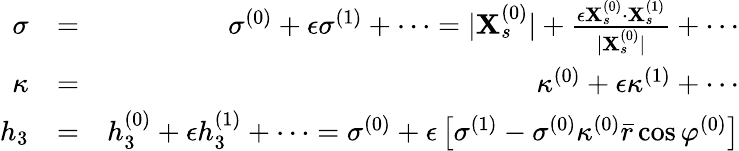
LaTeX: \begin{array}{rlr}{\sigma}&{=}&{\sigma^{(0)}+\epsilon\sigma^{(1)}+\cdots=|\mathbf{X}_{s}^{(0)}|+\frac{\epsilon\mathbf{X}_{s}^{(0)}\cdot\mathbf{X}_{s}^{(1)}}{|\mathbf{X}_{s}^{(0)}|}+\cdots}\\ {\kappa}&{=}&{\kappa^{(0)}+\epsilon\kappa^{(1)}+\cdots}\\ {h_{3}}&{=}&{h_{3}^{(0)}+\epsilon h_{3}^{(1)}+\cdots=\sigma^{(0)}+\epsilon\left[\sigma^{(1)}-\sigma^{(0)}\kappa^{(0)}\bar{r}\cos\varphi^{(0)}\right]}\end{array}